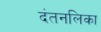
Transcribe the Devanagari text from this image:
दंतनलिका